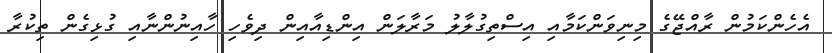
އެހެންކަމުން ރާއްޖޭގެ މިނިވަންކަމާއި އިސްތިގުލާލު މަރާލަން އިންޑިއާއިން ދިވެހި ހާއިނުންނާއި ގުޅިގެން ތިކުރާ